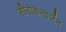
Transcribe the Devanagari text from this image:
सीरोकन्वर्जन